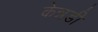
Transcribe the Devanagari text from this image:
केन्नडी